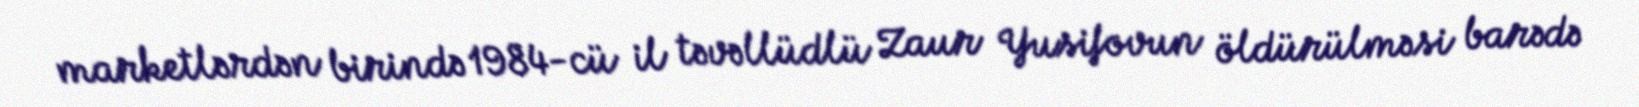
marketlərdən birində 1984-cü il təvəllüdlü Zaur Yusifovun öldürülməsi barədə